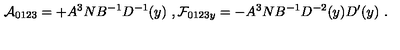
{ \cal A } _ { 0 1 2 3 } = + A ^ { 3 } N B ^ { - 1 } D ^ { - 1 } ( y ) \ , { \cal F } _ { 0 1 2 3 y } = - A ^ { 3 } N B ^ { - 1 } D ^ { - 2 } ( y ) D ^ { \prime } ( y ) \ .